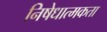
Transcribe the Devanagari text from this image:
निषेधात्मकता